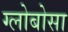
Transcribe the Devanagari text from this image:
ग्लोबोसा